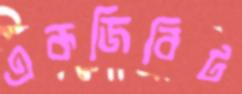
একজিবিট